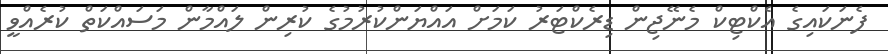
ފެނަކައިގެ އެކްޓިކް މެނޭޖިން ޑިރެކްޓަރު ކަމަށް އައްޔަންކުރުމުގެ ކުރިން ލައްމާން މަސައްކަތް ކުރެއްވީ